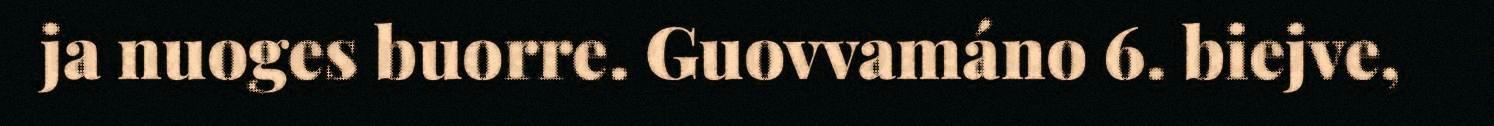
ja nuoges buorre. Guovvamáno 6. biejve,